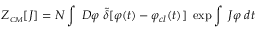
Z _ { \scriptscriptstyle C M } [ J ] = N \int ~ { \cal D } \varphi ~ { \tilde { \delta } } [ \varphi ( t ) - \varphi _ { c l } ( t ) ] ~ \exp \int ~ J \varphi \; d t